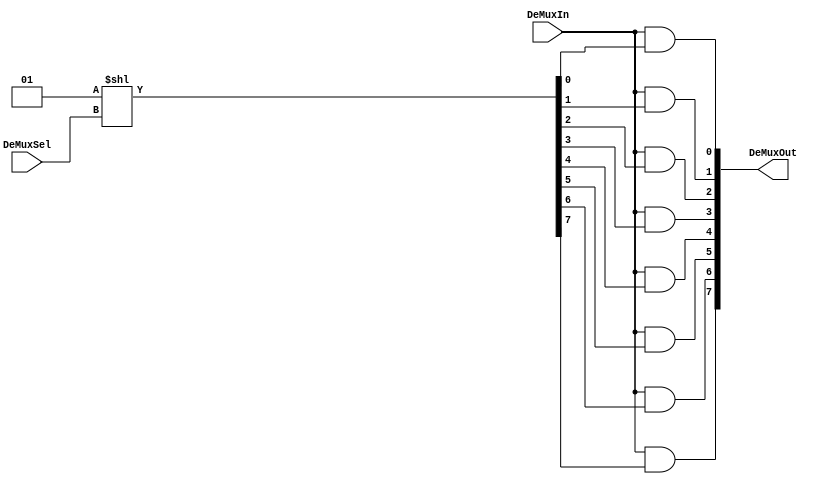
//n bit DeMux
// Specify the number of select lines as a parameter.
module nbit_demux(DeMuxIn,   // DeMux input: 1 bit.
                  DeMuxOut,  // DeMux output: 2^SELECT_WIDTH bits.
						DeMuxSel); // DeMux select lines: SELECT_WIDTH bits.

// Specifies the select line width.
parameter SELECT_WIDTH = 3;

//-------------Input Ports-----------------------------
input  DeMuxIn;
input  [SELECT_WIDTH-1:0] DeMuxSel;
//-------------Output Ports----------------------------
output [2 ** SELECT_WIDTH-1:0] DeMuxOut;
//-------------Wires-----------------------------------
wire [2 ** SELECT_WIDTH-1:0] select;
//-------------Other-----------------------------------
//------------Code Starts Here-------------------------

generate
	genvar i; // Instance variable
	
	// address decoder
	assign select[2 ** SELECT_WIDTH-1:0] = 2 ** DeMuxSel[SELECT_WIDTH-1:0];
	
	// Generation for loop
	for(i= 0;i< 2 ** SELECT_WIDTH;i= i+1)
	begin:demux_loop
		assign DeMuxOut[i] = DeMuxIn & select[i];
	end	
endgenerate

endmodule